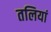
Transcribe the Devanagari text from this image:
तलियां